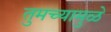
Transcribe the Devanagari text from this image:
तुमच्यामुळे